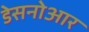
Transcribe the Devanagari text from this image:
डेसनोआर